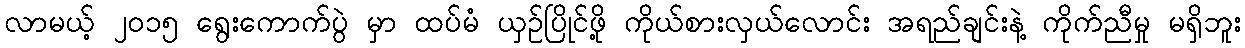
လာမယ့် ၂၀၁၅ ရွေးကောက်ပွဲ မှာ ထပ်မံ ယှဉ်ပြိုင်ဖို့ ကိုယ်စားလှယ်လောင်း အရည်ချင်းနဲ့ ကိုက်ညီမှု မရှိဘူး